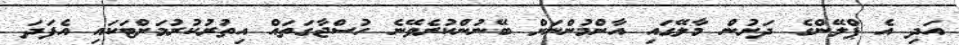
އަދި އެ ޕްލޭންގެ ދަށުން މާލޭގައި އާންމުންނަށް ބޭނުންކުރެވޭނެ ހުސްޖާގަތައް އިތުރުކުރުމަށްޓަކައި އެފަދަ